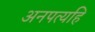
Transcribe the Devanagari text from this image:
अनपत्यहि